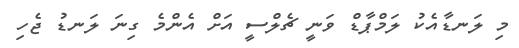
މި ލަނޑާއެކު ލަމްޕާޑް ވަނީ ޗެލްސީ އަށް އެންމެ ގިނަ ލަނޑު ޖެހި